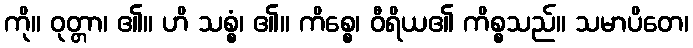
ကို။ ဝုတ္တာ၊ ၏။ ဟိ သစ္စံ၊ ၏။ ကိစ္စေ၊ ဝီရိယ၏ ကိစ္စသည်။ သမာပိတေ၊